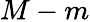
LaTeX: M-m